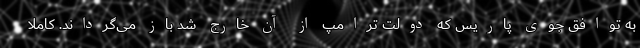
به توافق جوی پاریس که دولت ترامپ از آن خارج شد باز می‌گرداند. کاملا